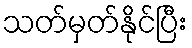
သတ်မှတ်နိုင်ပြီး